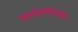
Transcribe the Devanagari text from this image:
पर्यावरणात्‍मक